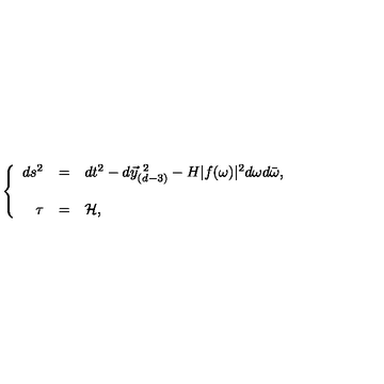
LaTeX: \left\{ \begin{array} { r c l } { d s ^ { 2 } } & { = } & { d t ^ { 2 } - d \vec { y } _ { ( d - 3 ) } ^ { \ 2 } - H | f ( \omega ) | ^ { 2 } d \omega d \bar { \omega } , } \\ { } & { } & { } \\ { \tau } & { = } & { { \cal H } , } \\ \end{array} \right.